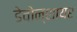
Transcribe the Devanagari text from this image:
डेवोन्शायर